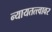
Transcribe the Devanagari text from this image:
न्यायतत्त्वावर